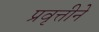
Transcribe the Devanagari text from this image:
प्रवृत्तीने